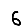
Digit: 6